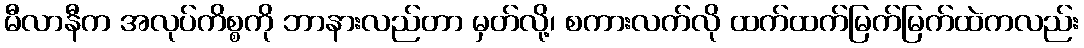
မီလာနီက အလုပ်ကိစ္စကို ဘာနားလည်တာ မှတ်လို့၊ စကားလက်လို ထက်ထက်မြက်မြက်ထဲကလည်း